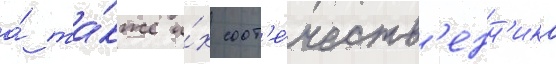
а́ та́кже и́х соот'е́честв'енн'ика